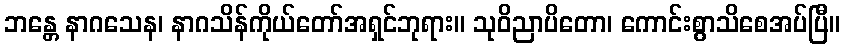
ဘန္တေ နာဂသေန၊ နာဂသိန်ကိုယ်တော်အရှင်ဘုရား။ သုဝိညာပိတော၊ ကောင်းစွာသိစေအပ်ပြီ။